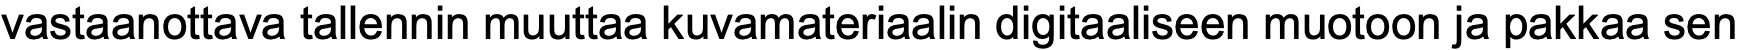
vastaanottava tallennin muuttaa kuvamateriaalin digitaaliseen muotoon ja pakkaa sen